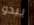
يبدو